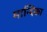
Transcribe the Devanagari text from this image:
मान्दिका